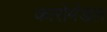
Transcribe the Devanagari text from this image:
कारोमंडल